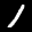
Label: 1